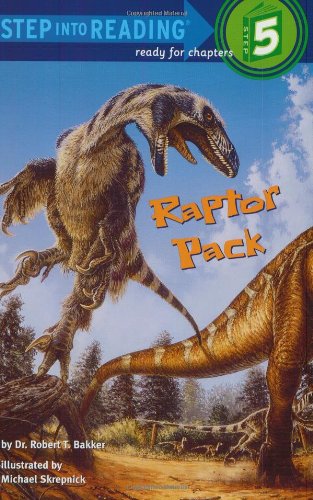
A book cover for Raptor Pack (Step-into-Reading, Step 5); Dr. Robert T. Bakker; Children's Books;